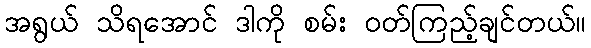
အရွယ် သိရအောင် ဒါကို စမ်း ဝတ်ကြည့်ချင်တယ်။